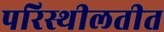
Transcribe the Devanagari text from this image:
परिस्थीलतीत